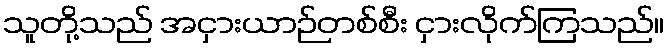
သူတို့သည် အငှားယာဉ်တစ်စီး ငှားလိုက်ကြသည်။